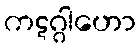
ကဋဂ္ဂါဟော